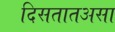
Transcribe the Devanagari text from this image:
दिसतातअसा